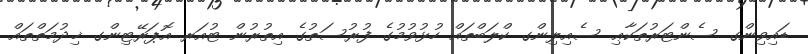
ޑައިވިންގ ސެންޓަރުތަކާޢި ސެއިލިންގ ކްލަބްތައް ހުޅުވުމުގެ ފުރުސަތުގެ އިތުރުން ޓުއަރ އޮޕަރޭޓިންގ ޚިދުމަތްތައް